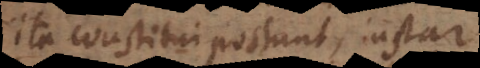
ita constitui possunt, instar